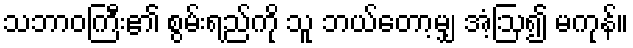
သဘာဝကြီး၏ စွမ်းရည်ကို သူ ဘယ်တော့မျှ အံ့ဩ၍ မကုန်။